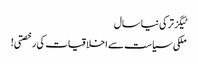
ٹیگزترکی نیا سال
ملکی سیاست سے اخلاقیات کی رخصتی!